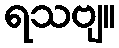
ရသဗျ။